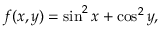
f ( x , y ) = \sin ^ { 2 } x + \cos ^ { 2 } y ,